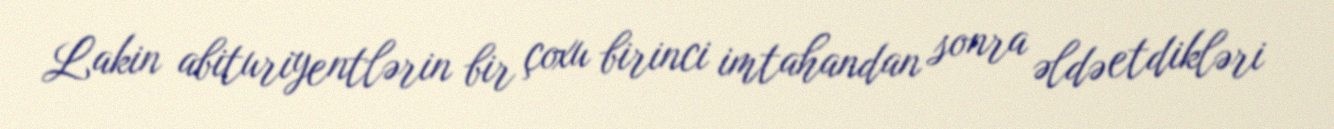
Lakin abituriyentlərin bir çoxu birinci imtahandan sonra əldə etdikləri